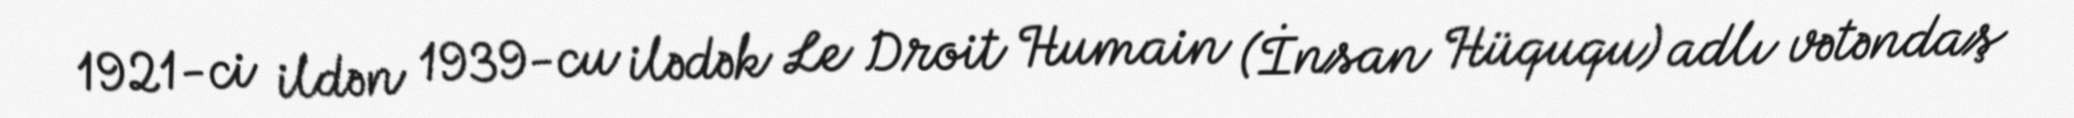
1921-ci ildən 1939-cu ilədək Le Droit Humain (İnsan Hüququ) adlı vətəndaş